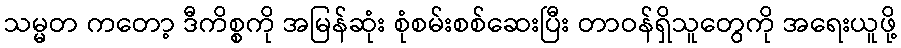
သမ္မတ ကတော့ ဒီကိစ္စကို အမြန်ဆုံး စုံစမ်းစစ်ဆေးပြီး တာဝန်ရှိသူတွေကို အရေးယူဖို့